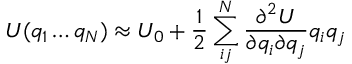
U ( q _ { 1 } \ldots q _ { N } ) \approx U _ { 0 } + \frac { 1 } { 2 } \sum _ { i j } ^ { N } \frac { \partial ^ { 2 } U } { \partial q _ { i } \partial q _ { j } } q _ { i } q _ { j }